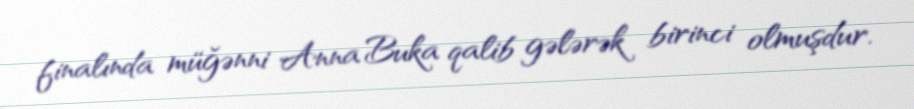
finalında müğənni Anna Buka qalib gələrək birinci olmuşdur.